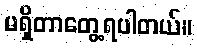
မရှိတာတွေ့ရပါတယ်။